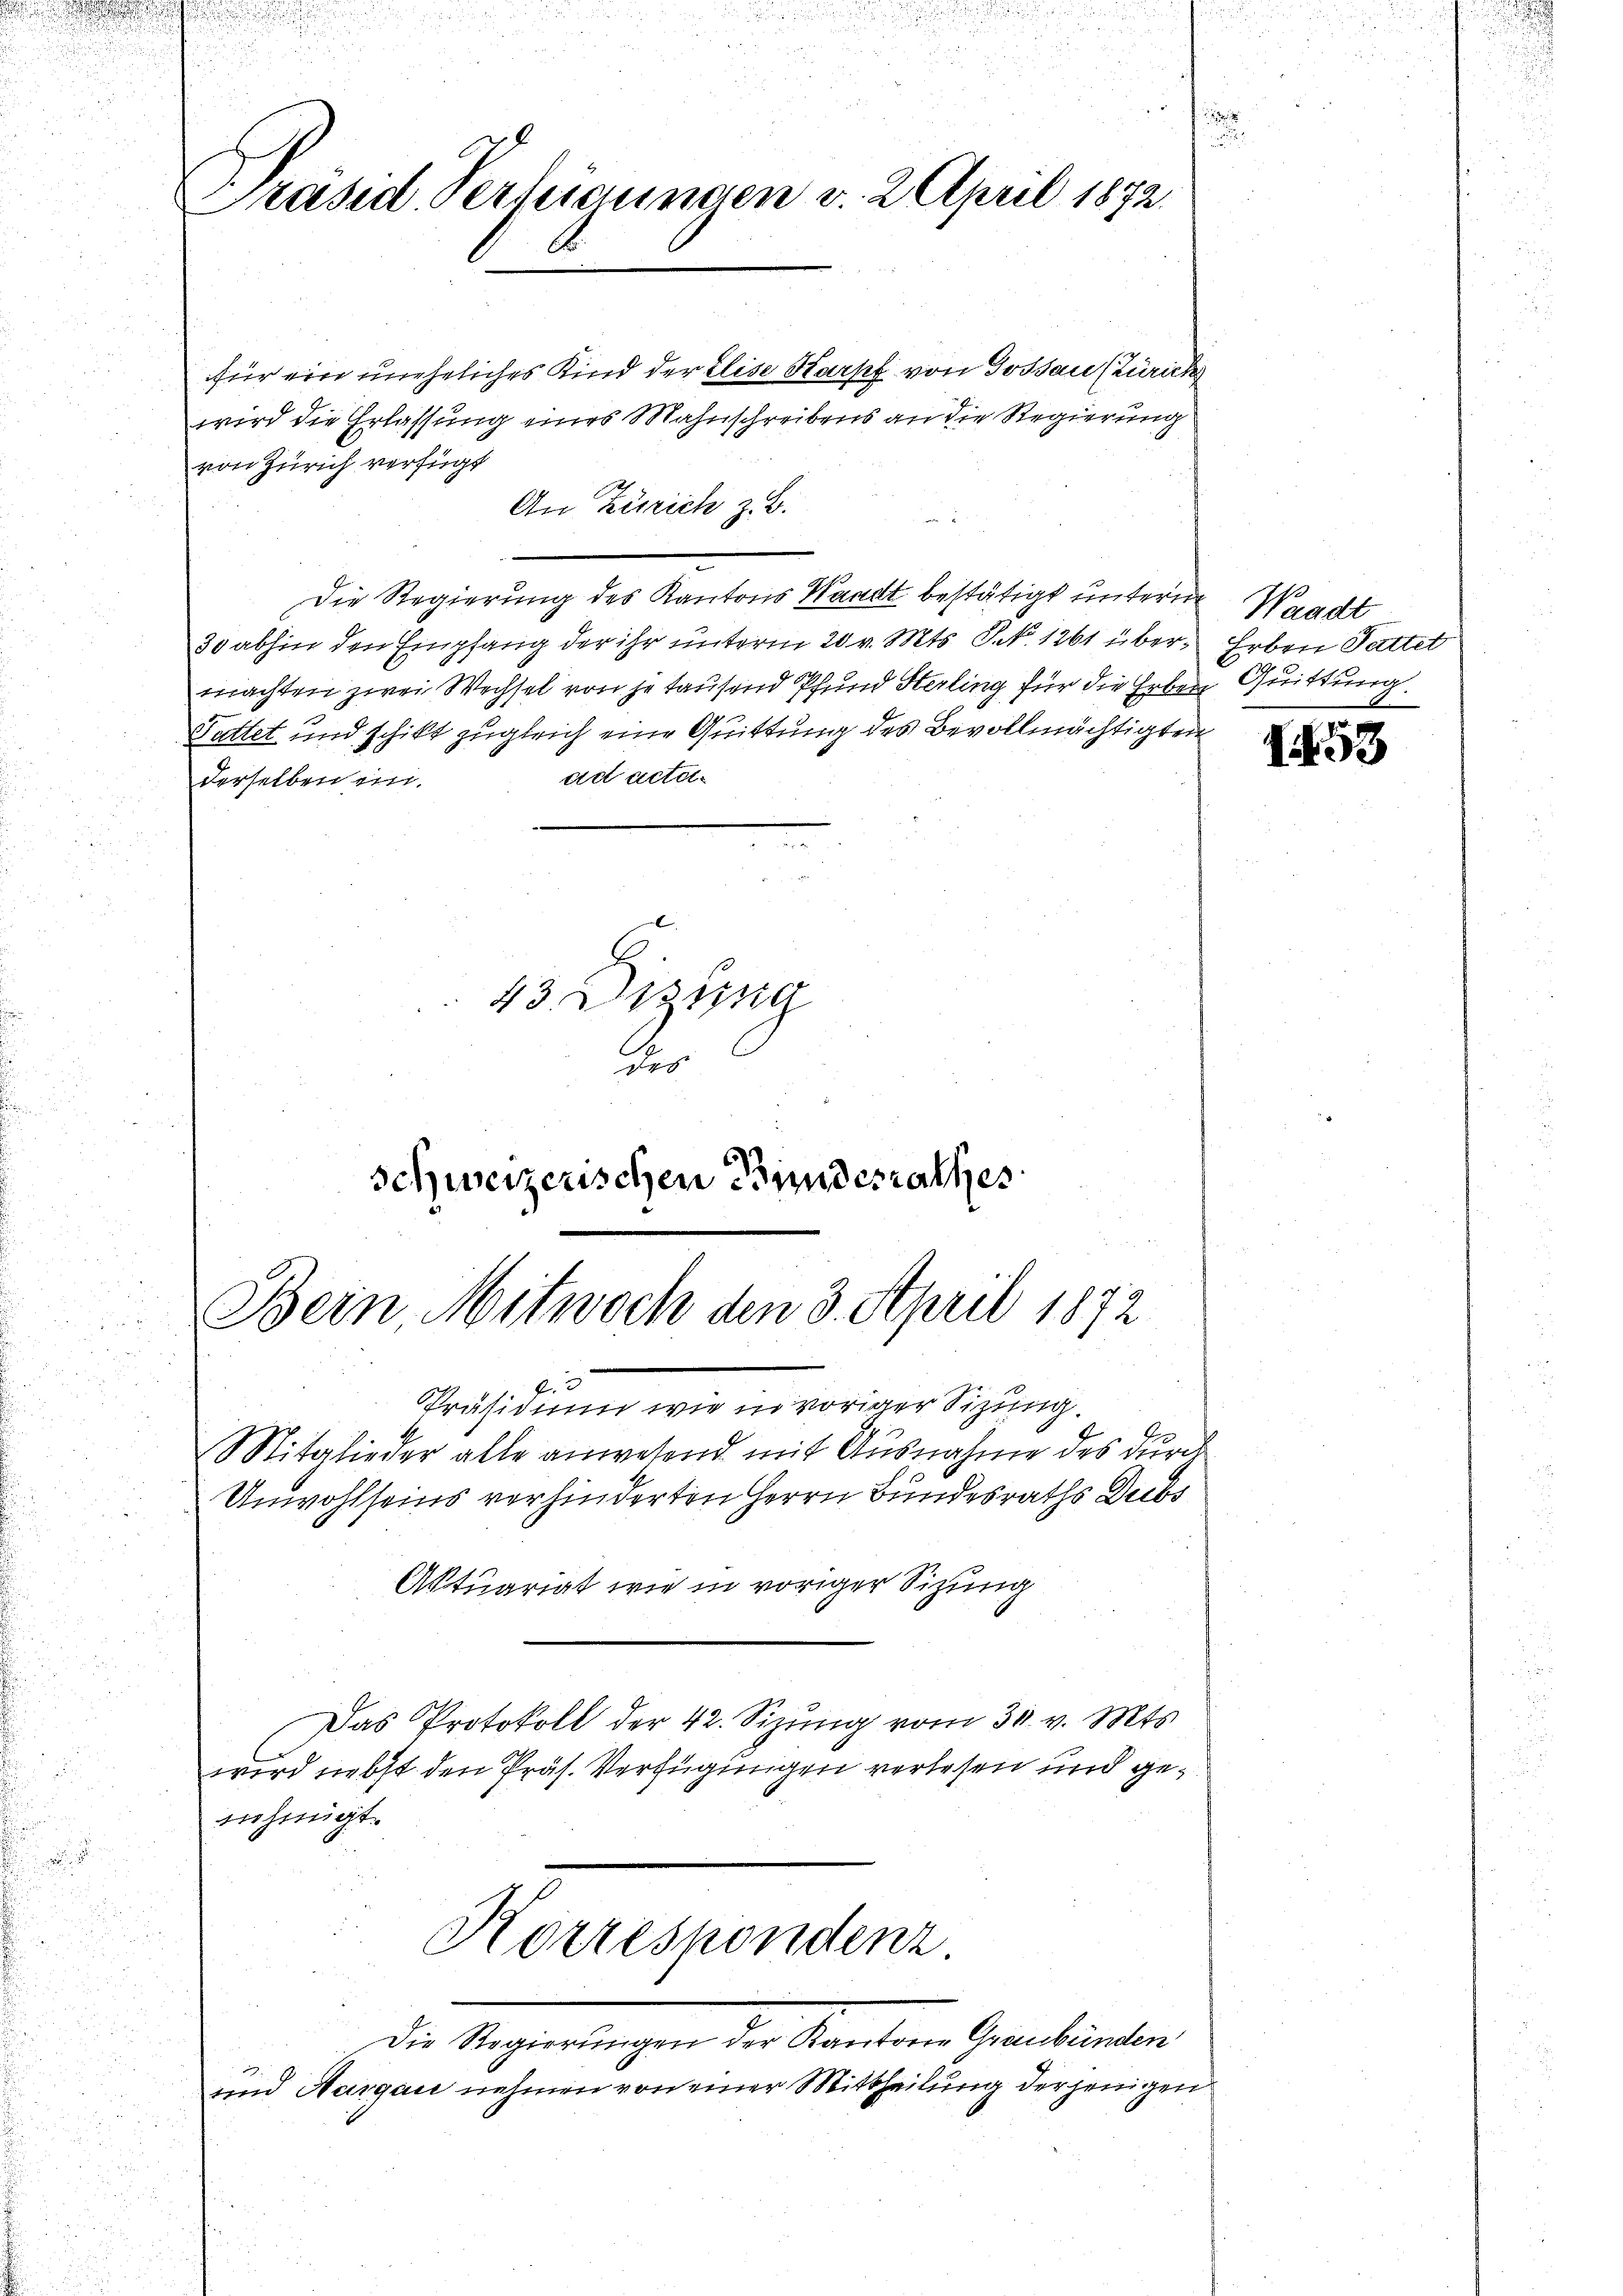
e

Präsid. Verhiemingen v. 2. April 1872.

für ein uneheliches Kind der Elise Karpf von Gossau Zürich
wird die Erlassung eines Mahnschreibens an die Regierung
von Zürich verfügt
An Zürich z. B.
d
Die Regierung des Kantons Waadt bestätigt unterm Waadt
30 abhin den Empfang der ihr unterm 20 v. Mts. S. 1261 über Erben Sattet
machten zwei Wechsel von je tausend Pfund Sterling für die Erben
Sattet und schikt zugleich eine Quittung des Bevollmächtigten
ad acta
derselben in
43 Dizung
des
schweizerischen Bundesrathes

Bein Mitwoch den 3. April 1872
.
Präsidiu wie in voriger Sitzung.
Mitglieder alle anwesend mit Ausnahme des durch

Unwohlseins verhinderten Herrn Bundesraths Diebs
Aktuariat wie in voriger Sitzung
Das Protokoll der 42. Sizŭng vom 30. v. Mts.
wird nebst den Präs. Verfügungen verlesen und genehmigt.
Korrespondenz
Die Regierungen der Kantone Graubünden
und Aargau nehmen von einer Mittheilung derjenigen
i

Quittung.
.

153

h